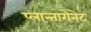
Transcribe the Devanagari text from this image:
प्लान्तागेनेट